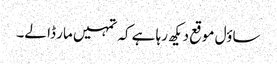
ساؤل موقع دیکھ رہا ہے کہ تمہیں مار ڈا لے۔